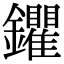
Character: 鑺